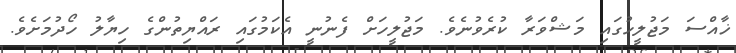
ޚާއްސަ މަޖުލީހުގައި މަޝްވަރާ ކުރެވުނެވެ. މަޖުލީހަށް ފެނުނީ އެކަމުގައި ރައްޔިތުންގެ ހިޔާލު ހޯދުމަށެވެ.